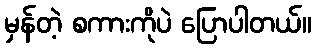
မှန်တဲ့ စကားကိုပဲ ပြောပါတယ်။